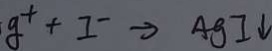
g ^ { + } + I ^ { - } \rightarrow A g I \downarrow